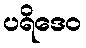
ပရိဒေဝ